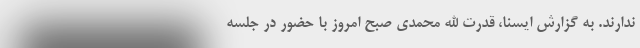
ندارند. به گزارش ایسنا، قدرت الله محمدی صبح امروز با حضور در جلسه